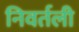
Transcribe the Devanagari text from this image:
निवर्तली